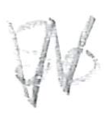
Text: So
Cross-out: zig-zag
Writing tool: pencil